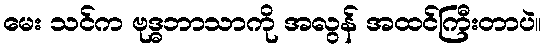
မေး သင်က ဗုဒ္ဓဘာသာကို အလွန် အထင်ကြီးတာပဲ။